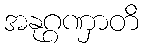
အနုဂ္ဂဏှာတိ